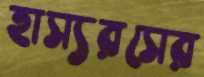
হাস্যরসের